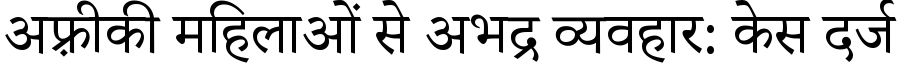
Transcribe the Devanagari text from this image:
अफ़्रीकी महिलाओं से अभद्र व्यवहार: केस दर्ज